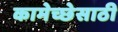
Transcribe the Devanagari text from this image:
कामेच्छेसाठी